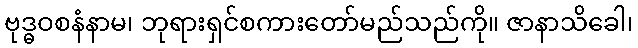
ဗုဒ္ဓဝစနံနာမ၊ ဘုရားရှင်စကားတော်မည်သည်ကို။ ဇာနာသိခေါ၊